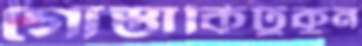
গোস্তাকিটুকুন